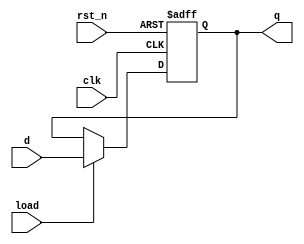
module current_cube (
    input wire clk,
    input wire rst_n,
    input wire load,
    input wire [120 - 1:0] d,
    output reg [120 - 1:0] q
  );

  always @(posedge clk, negedge rst_n) begin
    if (!rst_n) q <= 0;
    else if (load) q <= d;
  end
  
endmodule